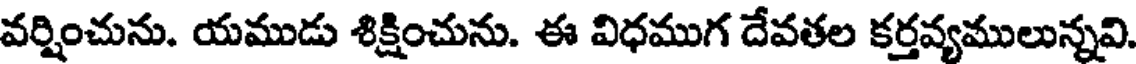
వర్షించును. యముడు శిక్షించును. ఈ విధముగ దేవతల కర్తవ్యములున్నవి